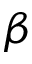
\beta